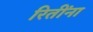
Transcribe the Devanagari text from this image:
रितींना